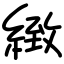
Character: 緻